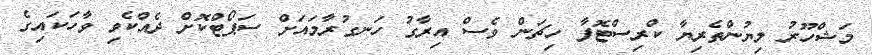
މަޝްހޫރު ލިޔުންތެރިޔާ ކްރިސްޓޮފާ ހިޗަން ވެސް އިރާގު ހަނގުރާމައަށް ސަޕޯޓްކޮށް ދެއްކެވި ވާހަކައިގެ